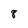
Character: 8